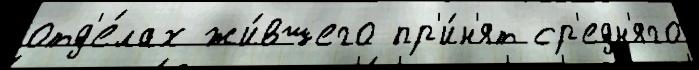
отд'е́лах жи́вшего пр'и́н'ят ср'едн'яго